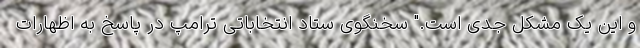
و این یک مشکل جدی است." سخنگوی ستاد انتخاباتی ترامپ در پاسخ به اظهارات